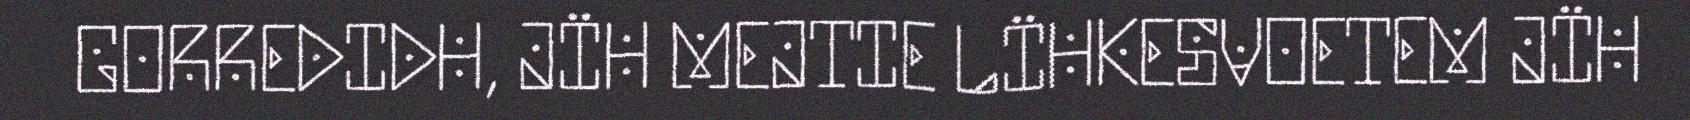
GORREDIDH, JÏH MEJTIE LÏHKESVOETEM JÏH